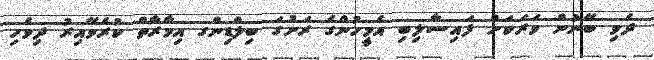
ދެވި ބޭނުން ވަރަކަށް ފައިސާލިބި އެމީހުންގެ ރަށުގަ ބިލްޑިންގ އިމާރާތް ކުރެވޭއިރު ދިވެހި